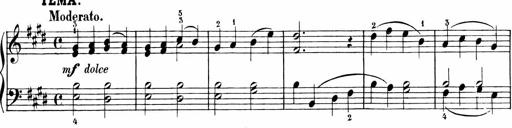
Title: 6 Liedersonatinen
Composer: Carl Reinecke